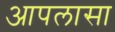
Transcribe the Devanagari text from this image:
आपलासा